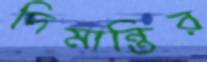
দিমান্তির